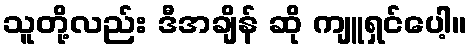
သူတို့လည်း ဒီအချိန် ဆို ကျူရှင်ပေါ့။